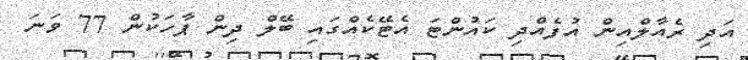
އަދި ރެއާލްއިން އުފެއްދި ކައުންޓަ އެޓޭކެއްގައި ބޭލް ދިން ޕާހަކުން 77 ވަނަ